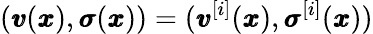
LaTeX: ({\pmb v}({\pmb x}),{\pmb\sigma}({\pmb x}))=({\pmb v}^{[i]}({\pmb x}),{\pmb\sigma}^{[i]}({\pmb x}))